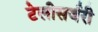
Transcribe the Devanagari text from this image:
टेलीसर्जरी